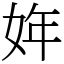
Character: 姩